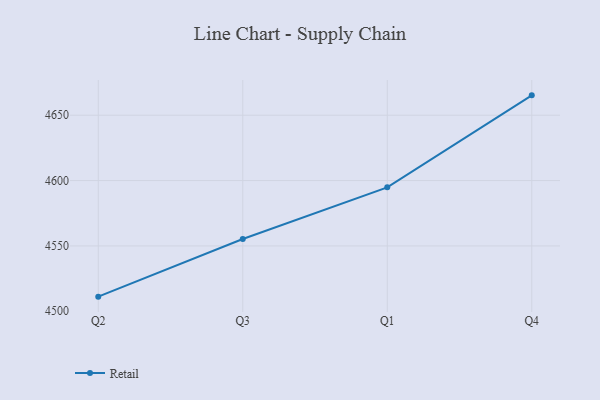
{"axis": {"x": "Quarter", "y": "Tickets Resolved"}, "legend": ["Retail"], "data": [{"x": "Q2", "y": 4511.2, "type": "Retail"}, {"x": "Q3", "y": 4555.3, "type": "Retail"}, {"x": "Q1", "y": 4594.8, "type": "Retail"}, {"x": "Q4", "y": 4665.2, "type": "Retail"}]}